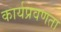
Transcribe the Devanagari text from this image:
कार्यप्रवणता